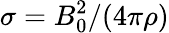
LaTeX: \sigma=B_{0}^{2}/(4\pi\rho)